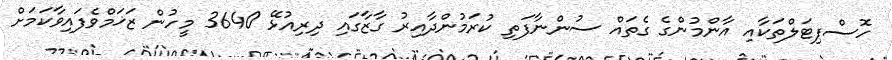
ހޮސްޕިޓަލްތަކާއި އާންމުންގެ ގެތައް ސުންނާފަތި ކުރަމުންދާއިރު ގާޒާގައި ދިރިއުޅޭ 3640 މީހުން ޒަޚަމްވެފައިވާކަމަށް